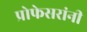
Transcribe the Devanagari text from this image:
प्रोफेसरांनी